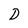
Character: D